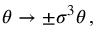
\theta \rightarrow \pm \sigma ^ { 3 } \theta \, ,